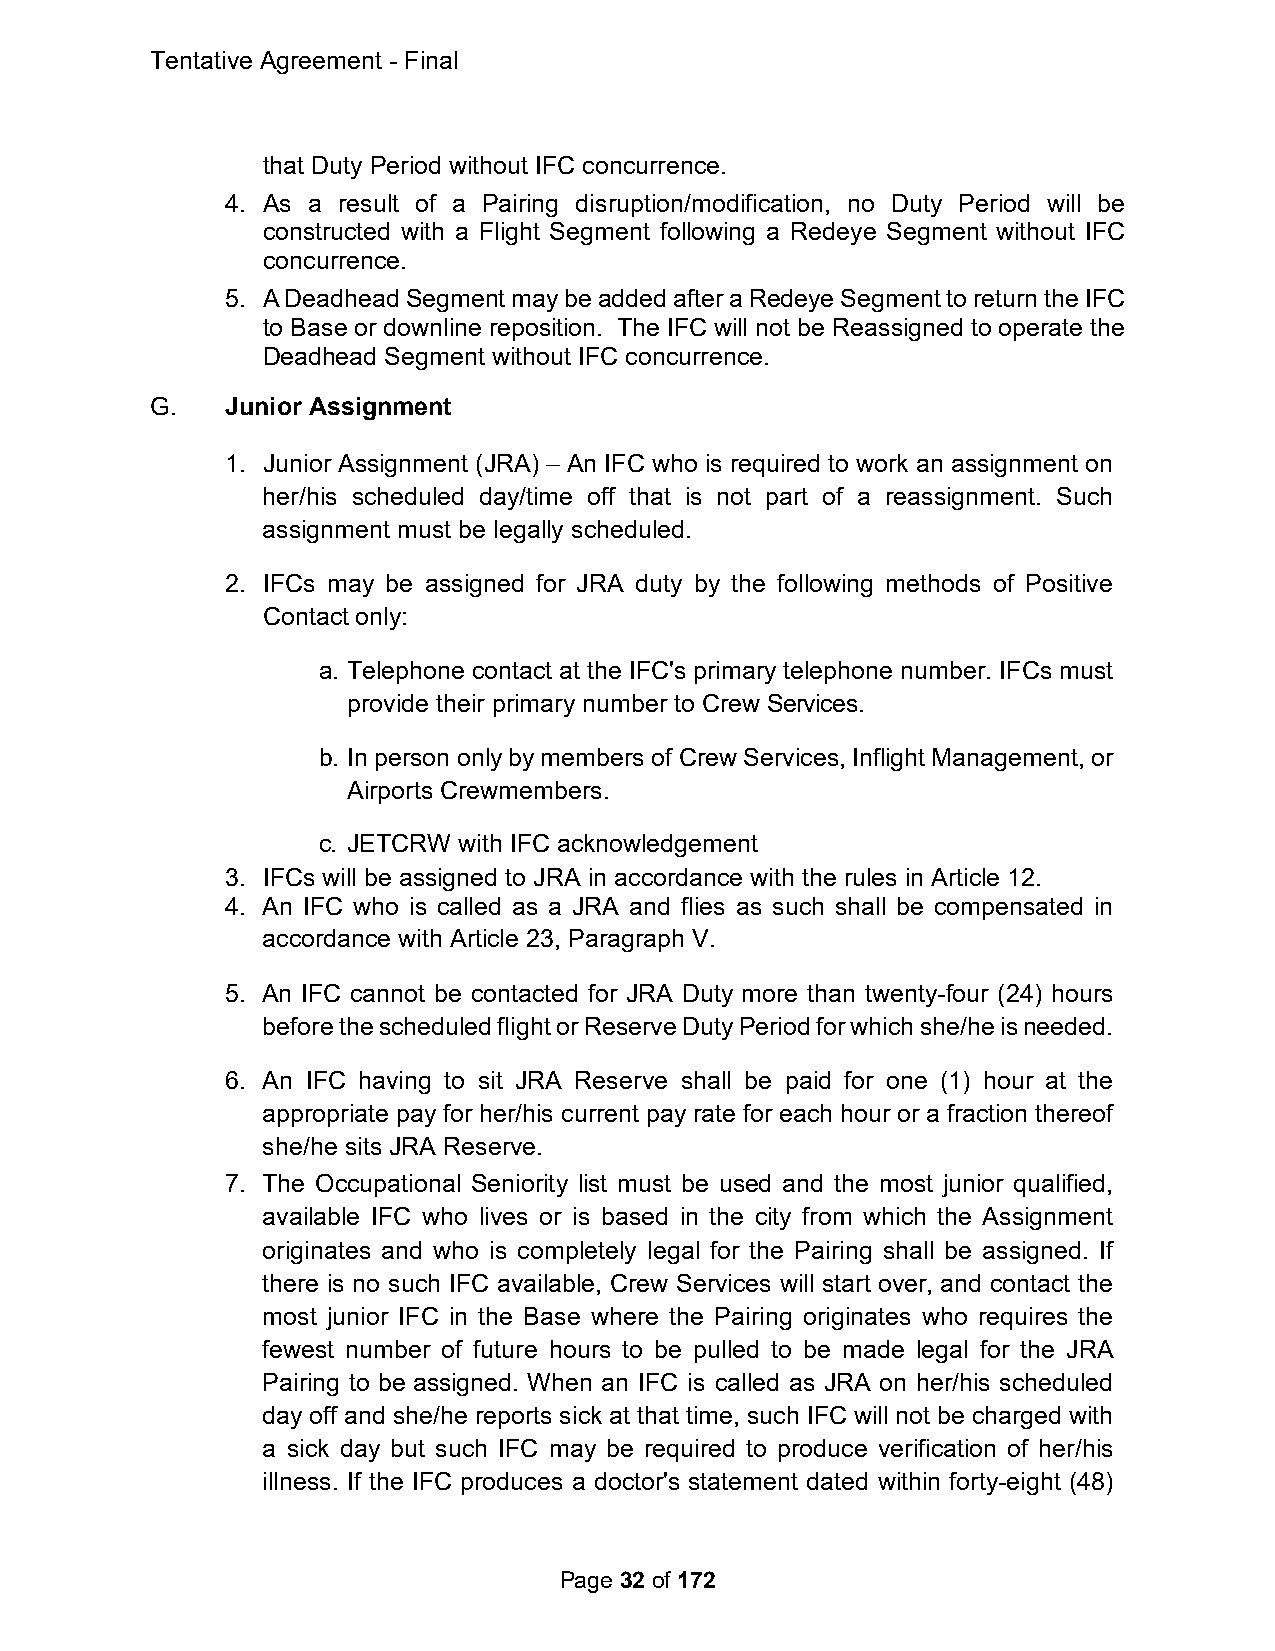
Tentative Agreement - Final
 that Duty Period without IFC concurrence.
 4. As a result of a Pairing disruption/modification, no Duty Period will be
 constructed with a Flight Segment following a Redeye Segment without IFC
 concurrence.
 5. A Deadhead Segment may be added after a Redeye Segment to return the IFC
 to Base or downline reposition. The IFC will not be Reassigned to operate the
 Deadhead Segment without IFC concurrence.
 G.   Junior Assignment
 1. Junior Assignment (JRA) – An IFC who is required to work an assignment on
 her/his scheduled day/time off that is not part of a reassignment. Such
 assignment must be legally scheduled.
 2. IFCs may be assigned for JRA duty by the following methods of Positive
 Contact only:
 a. Telephone contact at the IFC's primary telephone number. IFCs must
 provide their primary number to Crew Services.
 b. In person only by members of Crew Services, Inflight Management, or
 Airports Crewmembers.
 c. JETCRW with IFC acknowledgement
 3. IFCs will be assigned to JRA in accordance with the rules in Article 12.
 4. An IFC who is called as a JRA and flies as such shall be compensated in
 accordance with Article 23, Paragraph V.
 5. An IFC cannot be contacted for JRA Duty more than twenty-four (24) hours
 before the scheduled flight or Reserve Duty Period for which she/he is needed.
 6. An IFC having to sit JRA Reserve shall be paid for one (1) hour at the
 appropriate pay for her/his current pay rate for each hour or a fraction thereof
 she/he sits JRA Reserve.
 7. The Occupational Seniority list must be used and the most junior qualified,
 available IFC who lives or is based in the city from which the Assignment
 originates and who is completely legal for the Pairing shall be assigned. If
 there is no such IFC available, Crew Services will start over, and contact the
 most junior IFC in the Base where the Pairing originates who requires the
 fewest number of future hours to be pulled to be made legal for the JRA
 Pairing to be assigned. When an IFC is called as JRA on her/his scheduled
 day off and she/he reports sick at that time, such IFC will not be charged with
 a sick day but such IFC may be required to produce verification of her/his
 illness. If the IFC produces a doctor's statement dated within forty-eight (48)
 Page 32 of 172